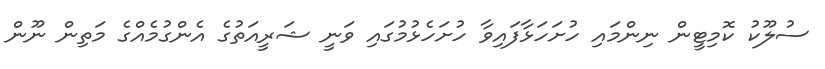
ސުލޫކު ކޮމިޓީން ނިންމައި ހުށަހަޅާފައިވާ ހުށަހެޅުމުގައި ވަނީ ޝަރީއަތުގެ އެންގުމެއްގެ މަތިން ނޫން